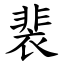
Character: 裴